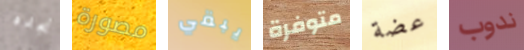
نجده مصورة يبقي متوفرة عضة ندوب